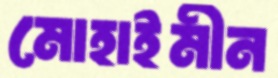
মোহাইমীন